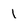
Character: 1